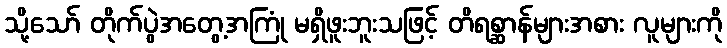
သို့သော် တိုက်ပွဲအတွေ့အကြုံ မရှိဖူးဘူးသဖြင့် တိရစ္ဆာန်များအစား လူများကို